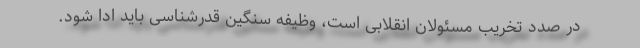
در صدد تخریب مسئولان انقلابی است، وظیفه سنگین قدرشناسی باید ادا شود.